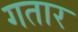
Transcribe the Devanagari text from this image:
गतार